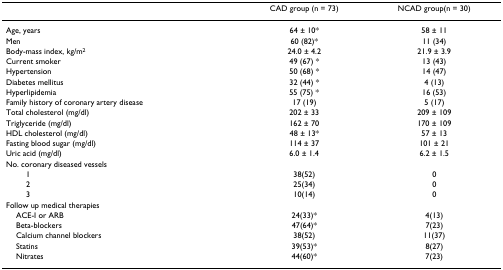
<table><thead><tr><td></td><td><b>CAD group (n = 73)</b></td><td><b>NCAD group(n = 30)</b></td></tr></thead><tbody><tr><td>Age, years</td><td>64 ± 10*</td><td>58 ± 11</td></tr><tr><td>Men</td><td>60 (82)*</td><td>11 (34)</td></tr><tr><td>Body-mass index, kg/m<sup>2</sup></td><td>24.0 ± 4.2</td><td>21.9 ± 3.9</td></tr><tr><td>Current smoker</td><td>49 (67) *</td><td>13 (43)</td></tr><tr><td>Hypertension</td><td>50 (68) *</td><td>14 (47)</td></tr><tr><td>Diabetes mellitus</td><td>32 (44) *</td><td>4 (13)</td></tr><tr><td>Hyperlipidemia</td><td>55 (75) *</td><td>16 (53)</td></tr><tr><td>Family history of coronary artery disease</td><td>17 (19)</td><td>5 (17)</td></tr><tr><td>Total cholesterol (mg/dl)</td><td>202 ± 33</td><td>209 ± 109</td></tr><tr><td>Triglyceride (mg/dl)</td><td>162 ± 70</td><td>170 ± 109</td></tr><tr><td>HDL cholesterol (mg/dl)</td><td>48 ± 13*</td><td>57 ± 13</td></tr><tr><td>Fasting blood sugar (mg/dl)</td><td>114 ± 37</td><td>101 ± 21</td></tr><tr><td>Uric acid (mg/dl)</td><td>6.0 ± 1.4</td><td>6.2 ± 1.5</td></tr><tr><td>No. coronary diseased vessels</td><td></td><td></td></tr><tr><td>1</td><td>38(52)</td><td>0</td></tr><tr><td>2</td><td>25(34)</td><td>0</td></tr><tr><td>3</td><td>10(14)</td><td>0</td></tr><tr><td>Follow up medical therapies</td><td></td><td></td></tr><tr><td> ACE-I or ARB</td><td>24(33)*</td><td>4(13)</td></tr><tr><td> Beta-blockers</td><td>47(64)*</td><td>7(23)</td></tr><tr><td> Calcium channel blockers</td><td>38(52)</td><td>11(37)</td></tr><tr><td> Statins</td><td>39(53)*</td><td>8(27)</td></tr><tr><td> Nitrates</td><td>44(60)*</td><td>7(23)</td></tr></tbody></table>